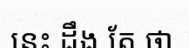
នេះ ដឹង តែ ថា